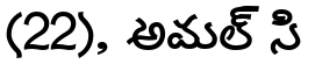
(22), అమల్ సి